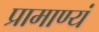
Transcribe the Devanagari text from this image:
प्रामाण्यं